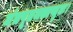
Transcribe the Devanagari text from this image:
मंत्रपूतजलाप्लुतः।